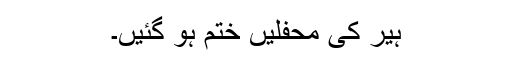
ہیر کی محفلیں ختم ہو گئیں۔